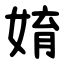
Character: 㛩